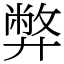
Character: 弊